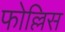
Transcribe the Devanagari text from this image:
फोल्लिस